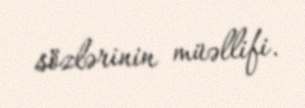
sözlərinin müəllifi.